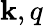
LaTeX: \mathbf{k},q